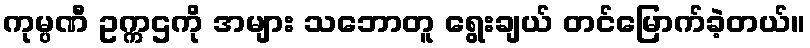
ကုမ္ပဏီ ဥက္ကဌကို အများ သဘောတူ ရွေးချယ် တင်မြောက်ခဲ့တယ်။